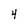
Character: 4